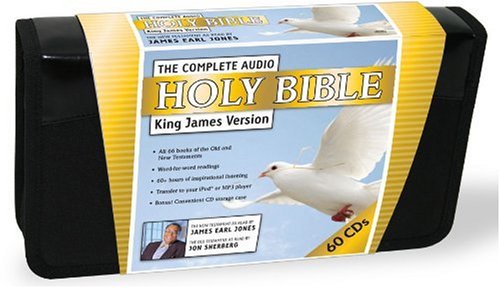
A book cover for The Complete Audio Holy Bible: King James Version; James Earl Jones; Christian Books & Bibles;